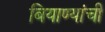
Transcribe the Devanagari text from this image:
बियाण्यांची